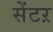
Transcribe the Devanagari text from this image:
सेंटऱ